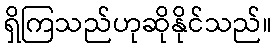
ရှိကြသည်ဟုဆိုနိုင်သည်။